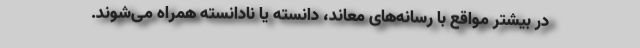
در بیشتر مواقع با رسانه‌های معاند، دانسته یا نادانسته همراه می‌شوند.